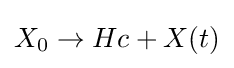
X_{0}\rightarrow Hc+X(t)